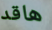
هاقد